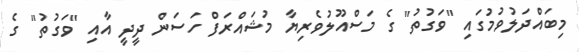
މިބައްދަލުވުމުގައި "ވަގުތު" ގެ މަސްއޫލުވެރިޔާ މުޝައްރަފް ހަސަން ދީދީ އާއި "ވަގުތު" ގެ